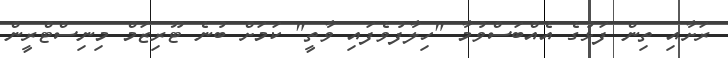
ރަށާއި ތިން ފަޅުގެ އެއްބަސްވުމާ "ހިލާފުވެފައި ވާތީ" ކަމަށް ބުނެ ޓޫރިޒަމް މިނިސްޓްރީން